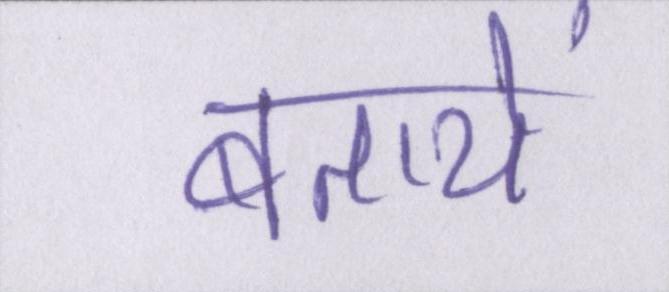
बतायें